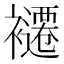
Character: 𮖽